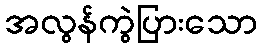
အလွန်ကွဲပြားသော